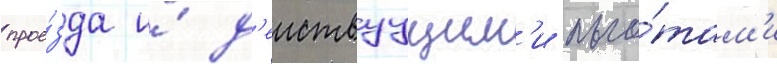
прое́зда и́ д'еиствуущим'и льго́там'и